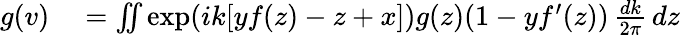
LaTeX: \begin{array}{rl}{g(v)}&{{}=\iint\exp(ik[yf(z)-z+x])g(z)(1-yf^{\prime}(z))\, {\frac{dk}{2\pi}}\, dz}\end{array}